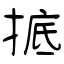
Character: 掋